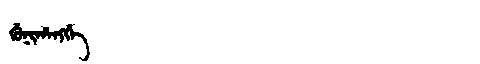
Manchu: ᡤᡠᠨᡳᡥᠠᠩᡤᡝ
Romanization: GUNIHANGGE